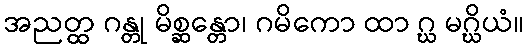
အညတ္ထ ဂန္တု မိစ္ဆန္တော၊ ဂမိကော ထာ ဂ္ဃ မဂ္ဃိယံ။